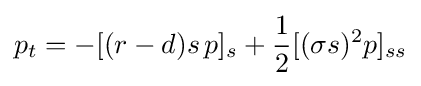
p_{t}=-[(r-d)s\,p]_{s}+{\frac {1}{2}}[(\sigma s)^{2}p]_{ss}